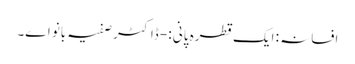
افسانہ : ایک قطرہ پانی :- ڈاکٹر صفیہ بانو اے۔